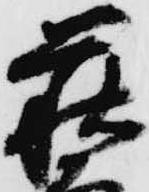
萩